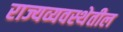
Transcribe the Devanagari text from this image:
राज्यव्यवस्थेतील